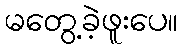
မတွေ့ခဲ့ဖူးပေ။